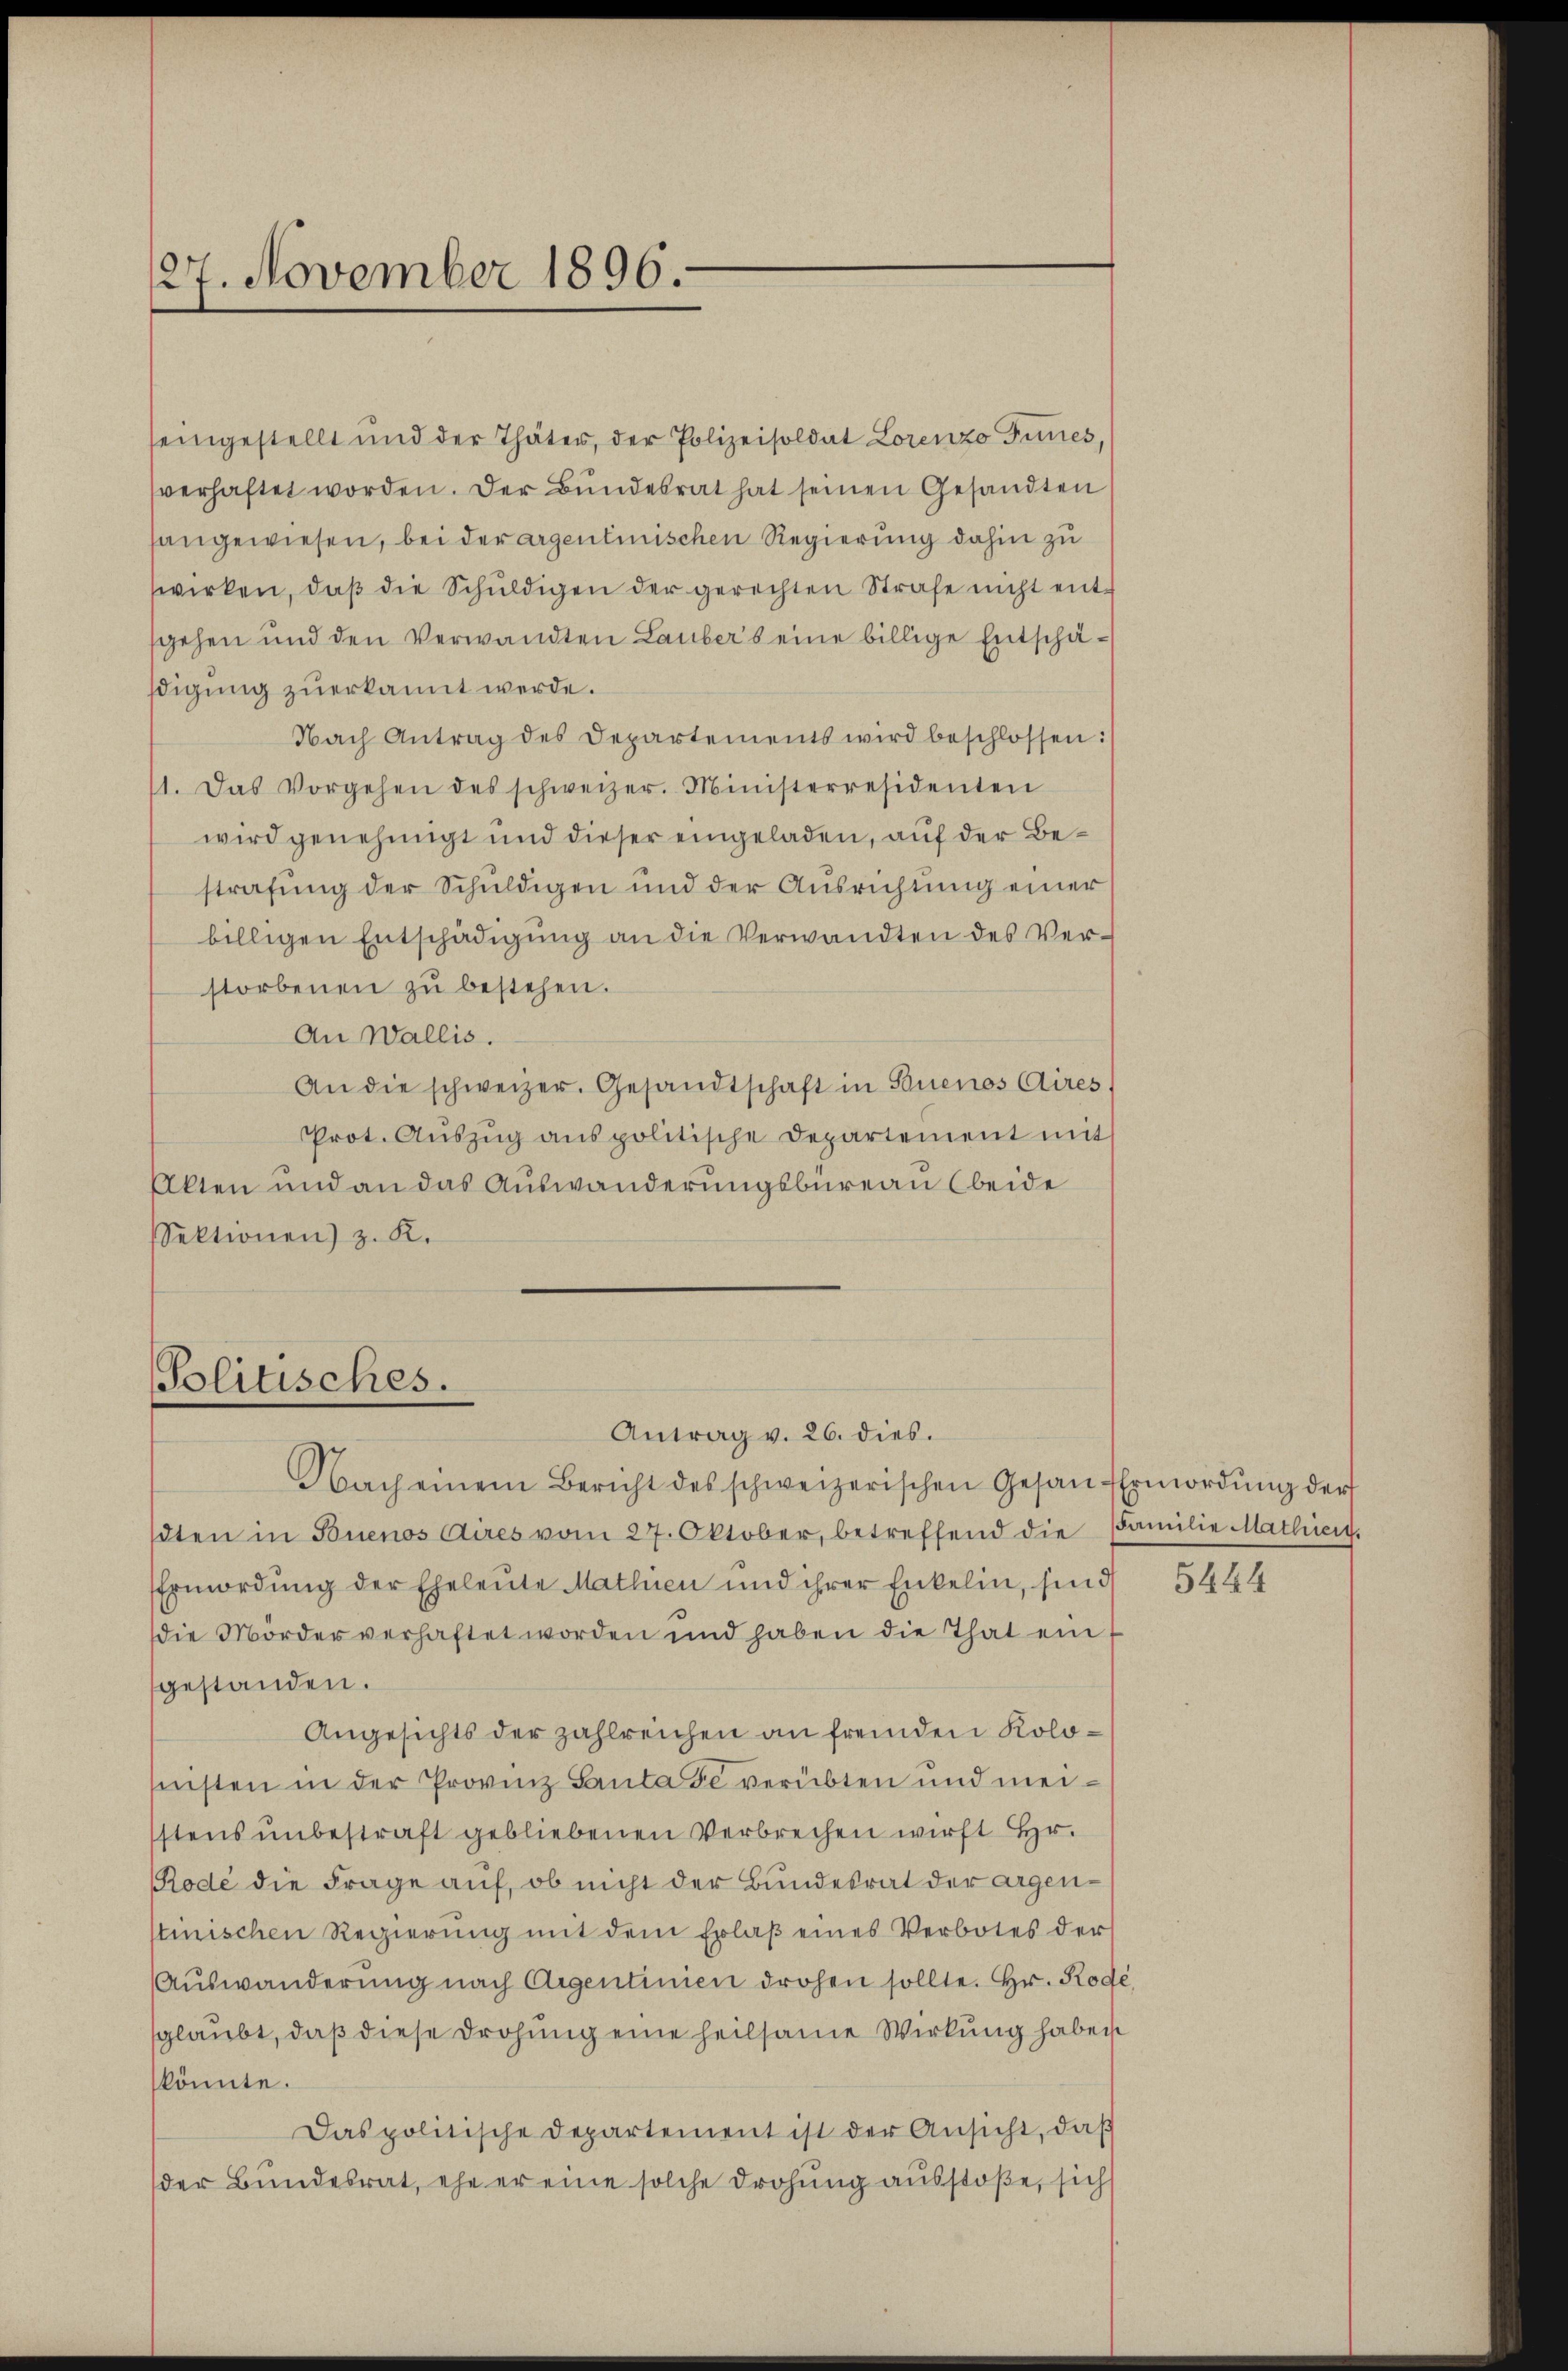
27. November 1896.

seingestellt und der Thäter, der Polizeisoldat Lorenzo Tunes,
sverhaftet worden. Der Bundesrat hat seinen Gesandten
sangewiesen, bei der argenlinischen Regierung dahin zu
wirken, daβ die Schŭldigen der gerechten Strafe nicht ent-
sgehen und den Verwandten Laubers eine billige Entschäsigung zuerkannt werde.
Nach Antrag des Departements wird beschlossen:
11. Das Vorgehen des schweizer. Ministerresidenten
wird genehmigt und dieser eingeladen, auf der Bestrafung der Schuldigen und der Ausrichtung einer
billigen Entschädigung an die Verwandten des Verstorbenen zŭ bestehen.
An Wallis.
An die schweizer. Gesandtschaft in Buenos Aires,
Prot. Aŭszŭg anspolitische Departement mit
Akten und an das Auswanderungsbüreau (beide
Sektionen) z. K.

Politisches.
Antrag v. 26. dies.

Nach einem Bericht des schweizerischen Gesan Ermordŭng der
dten in Buenos Aires vom 27. Oktober, betreffend die Familie Mathien.
Ermordung der Eheleute Mathien und ihrer Enkelin, sind 5444
die Mörder verhaftet worden und haben die That ein
gestanden.
Angesichts der zahlreichen an fremden Koloeensten in der Provinz Santa se verübten und meistens unbestraft gebliebenen Verbrechen wirft Hr.
Rode die Frage auf, ob nicht der Bundesrat der argentinischen Regierung mit dem Erlaβ eines Verbotes der
Auswanderung nach Argentinien drohen sollte. Hr. Rode
sglaubt, daß diese Drohung eine heilsame Wirkung haben
könnte.
Das politische Departement ist der Ansicht, daβ
der Bundesrat, ehe er eine solche Drohung ausstoße, sich